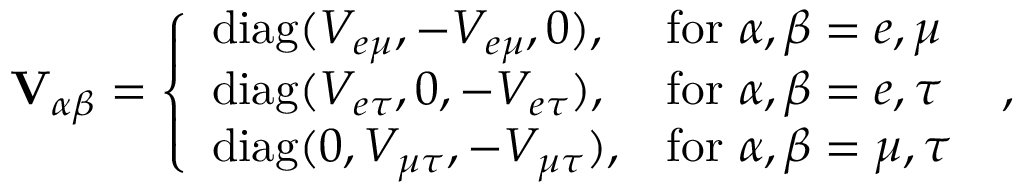
\mathbf { V } _ { \alpha \beta } = \left\{ \begin{array} { l l } { \mathrm { d i a g } ( V _ { e \mu } , - V _ { e \mu } , 0 ) , } & { \mathrm { f o r } ~ \alpha , \beta = e , \mu } \\ { \mathrm { d i a g } ( V _ { e \tau } , 0 , - V _ { e \tau } ) , } & { \mathrm { f o r } ~ \alpha , \beta = e , \tau } \\ { \mathrm { d i a g } ( 0 , V _ { \mu \tau } , - V _ { \mu \tau } ) , } & { \mathrm { f o r } ~ \alpha , \beta = \mu , \tau } \end{array} \right. \; ,